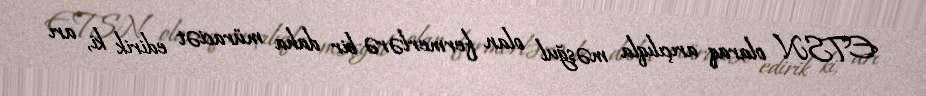
ETSN olaraq arıçılıqla məşğul olan fermerlərə bir daha müraciət edirik ki, arı